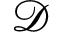
\mathcal { D }